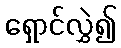
ရှောင်လွှဲ၍